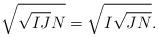
LaTeX: \begin{align*}\sqrt{\sqrt{IJ}N}=\sqrt{I\sqrt{JN}}.\end{align*}